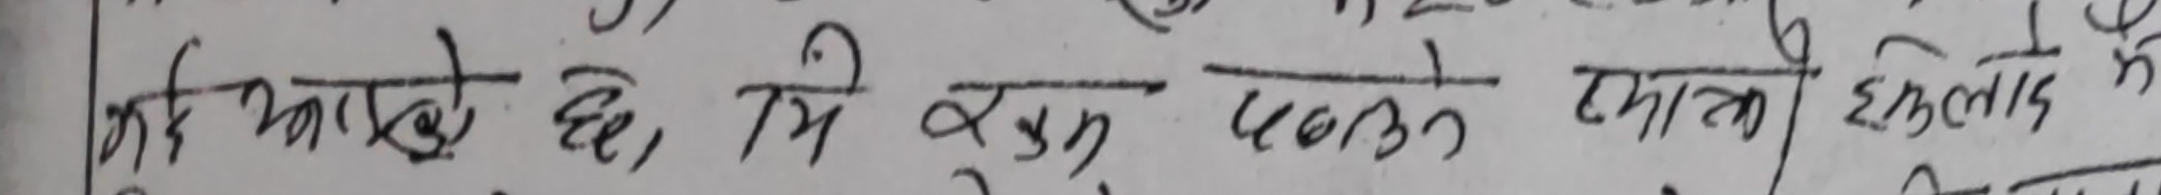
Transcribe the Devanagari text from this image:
महि माग्छे छे, मि खुसु पटकै छात्को सुत्लाईद है।